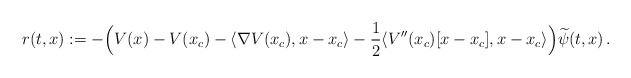
\begin{align*} r(t,x):=- \Big( V(x) - V(x_c) - \langle \nabla V(x_c) , x-x_c \rangle - \frac{1}{2} \langle V''(x_c)[x-x_c],x-x_c\rangle \Big) \widetilde{\psi}(t,x)\,.\end{align*}